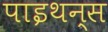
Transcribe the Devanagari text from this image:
पाइथन्स